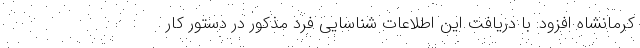
کرمانشاه افزود: با دریافت این اطلاعات شناسایی فرد مذکور در دستور کار